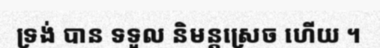
ទ្រង់ បាន ទទួល និមន្តស្រេច ហើយ ។